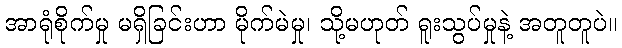
အာရုံစိုက်မှု မရှိခြင်းဟာ မိုက်မဲမှု၊ သို့မဟုတ် ရူးသွပ်မှုနဲ့ အတူတူပဲ။